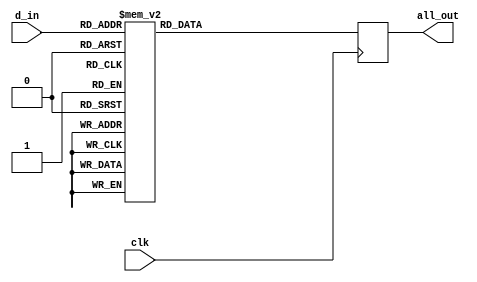
//Justin Liang
//ECE 154A
//Homework 4

module bcdto7(all_out,d_in,clk);
	output [6:0] all_out;
	input[3:0] d_in;
	input clk;

	reg [6:0] all_out;

	always @ (posedge clk)
		case(d_in)
			4'b0000: all_out = 7'b1111110; //0
			4'b0001: all_out = 7'b1100000; //1
			4'b0010: all_out = 7'b1101101; //2
			4'b0011: all_out = 7'b1111001; //3
			4'b0100: all_out = 7'b0110011; //4
			4'b0101: all_out = 7'b1011011; //5
			4'b0110: all_out = 7'b1011111; //6
			4'b0111: all_out = 7'b1110000; //7
			4'b1000: all_out = 7'b1111111; //8
			4'b1001: all_out = 7'b1111011; //9
			4'b1010: all_out = 7'b1110111; //10 A
			4'b1011: all_out = 7'b0011111; //11 B
			4'b1100: all_out = 7'b1001110; //12 C
			4'b1101: all_out = 7'b0111101; //13 D
			4'b1110: all_out = 7'b1001111; //14 E
			4'b1111: all_out = 7'b1000111; //15 F
		endcase

endmodule